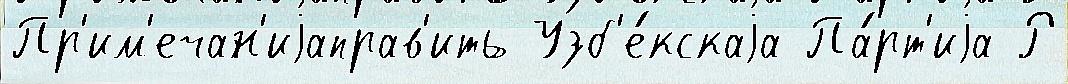
Пр'им'ечан'иjаправ'ить Узб'е́кскаjа Па́рт'иjа Р